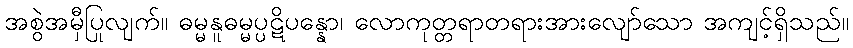
အစွဲအမှီပြုလျက်။ ဓမ္မနူဓမ္မပ္ပဋိပန္နော၊ လောကုတ္တရာတရားအားလျော်သော အကျင့်ရှိသည်။